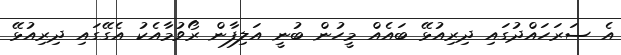
އެ ސަރަހައްދުގައި ދިރިއުޅޭ ބައެއް މީހުން ބުނީ އަލިފާން ރޯވުމާއެކު އެގޭގައި ދިރިއުޅޭ